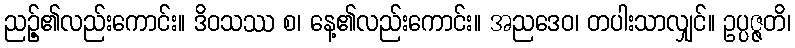
ညဉ့်၏လည်းကောင်း။ ဒိဝသဿ စ၊ နေ့၏လည်းကောင်း။ အညဒေဝ၊ တပါးသာလျှင်။ ဥပ္ပဇ္ဇတိ၊